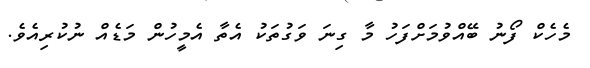
މެހެކް ފޯނު ބޭއްވުމަށްފަހު މާ ގިނަ ވަގުތަކު އެތާ އެމީހުން މަޑެއް ނުކުރިއެވެ.